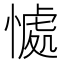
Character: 𭞚